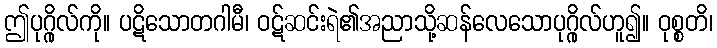
ဤပုဂ္ဂိုလ်ကို။ ပဋိသောတဂါမီ၊ ဝဋ်ဆင်းရဲ၏အညာသို့ဆန်လေသောပုဂ္ဂိုလ်ဟူ၍။ ဝုစ္စတိ၊